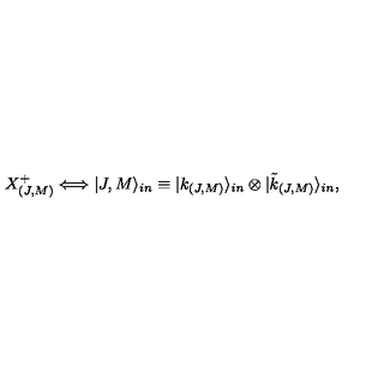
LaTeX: X _ { ( J , M ) } ^ { + } \Longleftrightarrow | J , M \rangle _ { i n } \equiv | k _ { ( J , M ) } \rangle _ { i n } \otimes | \tilde { k } _ { ( J , M ) } \rangle _ { i n } ,